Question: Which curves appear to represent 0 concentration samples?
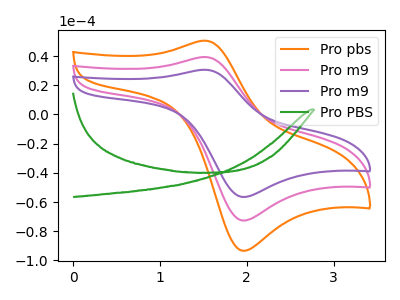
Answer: <think>The orange curve "Pro pbs" has an anodic peak at (1.50V, 78.60uA) and a cathodic peak at (1.95V, -145.20uA). The pink curve "Pro m9" has an anodic peak at (1.50V, 39.30uA) and a cathodic peak at (1.95V, -72.60uA). The purple curve "Pro m9" has an anodic peak at (1.50V, 30.55uA) and a cathodic peak at (1.95V, -56.50uA). The green curve "Pro PBS" has no peaks.</think>
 <answer>"Pro PBS" is likely to be a blank.</answer>
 <eval>Pro PBS</eval>